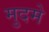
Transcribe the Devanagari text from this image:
मुदमे